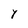
Character: Y